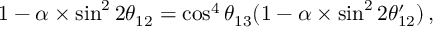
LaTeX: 1 - \alpha \times \sin ^ { 2 } 2 \theta _ { 1 2 } = \cos ^ { 4 } \theta _ { 1 3 } ( 1 - \alpha \times \sin ^ { 2 } 2 \theta _ { 1 2 } ^ { \prime } ) \, ,